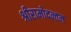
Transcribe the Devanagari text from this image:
श्रीरामोदन्तम